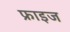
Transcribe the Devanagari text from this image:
फ्राइज